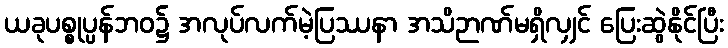
ယခုပစ္စုပ္ပန်ဘဝ၌ အလုပ်လက်မဲ့ပြဿနာ အသိဉာဏ်မရှိလျှင် ပြေးဆွဲနိုင်ပြီး